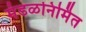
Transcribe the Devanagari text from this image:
मंडळनिर्मित